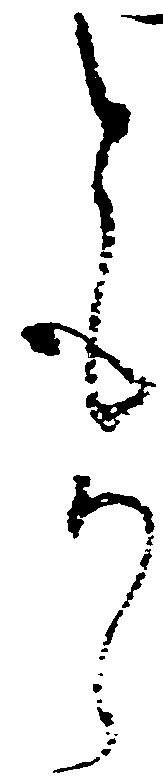
輩